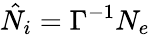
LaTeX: \hat{N}_{i}=\Gamma^{-1}N_{e}